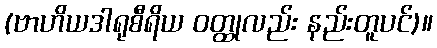
(ဗာဟိယဒါရုစီရိယ ဝတ္ထုလည်း နည်းတူပင်)။